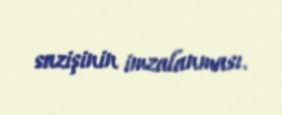
sazişinin imzalanması.